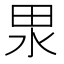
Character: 𭻅